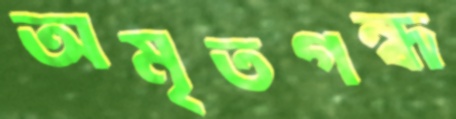
অমৃতগন্ধ